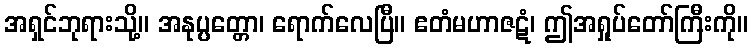
အရှင်ဘုရားသို့။ အနုပ္ပတ္တော၊ ရောက်လေပြီ။ ဧတံမဟာဇဋံ၊ ဤအရှုပ်တော်ကြီးကို။